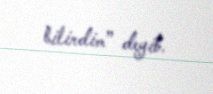
bilirdim” deyib.